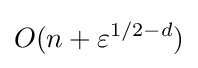
O(n+\varepsilon ^{1/2-d})